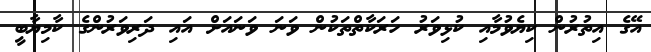
އޭގެ އިތުރުން ކިޔެވުމާއި ކުޅިވަރު ހަރަކާތްތަކުން ވަނަ ވަނައަށް އައި ދަރިވަރުންގެ ކާމިޔާބީ